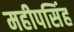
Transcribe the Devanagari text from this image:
महीपसिंह